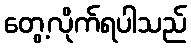
တွေ့လိုက်ရပါသည်